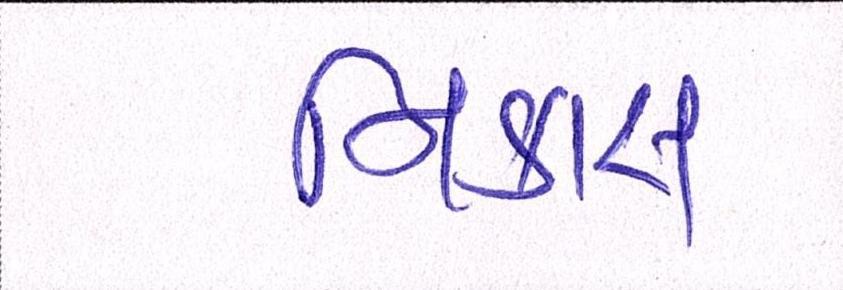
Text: નિકાસ